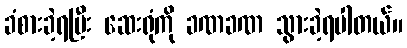
ခံစားခဲ့ရပြီး ဆေးရုံကို ခဏခဏ သွားခဲ့ရပါတယ်။